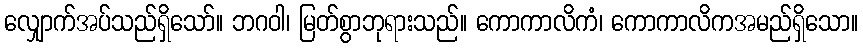
လျှောက်အပ်သည်ရှိသော်။ ဘဂဝါ၊ မြတ်စွာဘုရားသည်။ ကောကာလိကံ၊ ကောကာလိကအမည်ရှိသော။